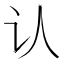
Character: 认